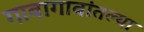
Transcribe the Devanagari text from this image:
गावागावांतल्या